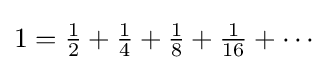
\textstyle 1={\frac {1}{2}}+{\frac {1}{4}}+{\frac {1}{8}}+{\frac {1}{16}}+\cdots